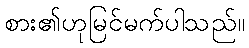
စား၏ဟုမြင်မက်ပါသည်။